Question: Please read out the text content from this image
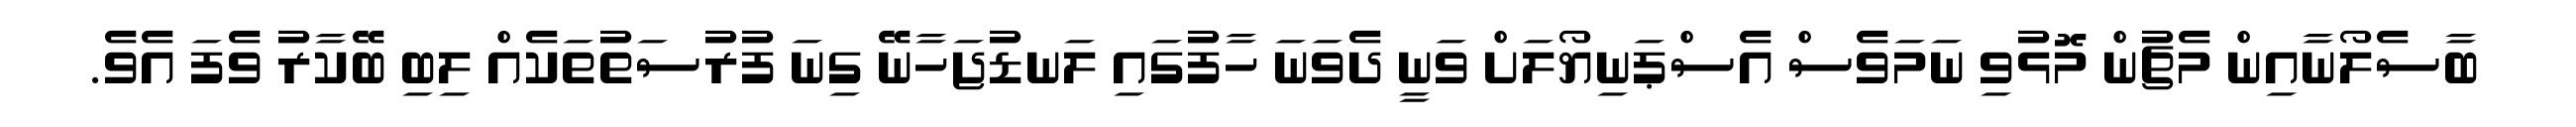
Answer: ބާސެލޯނާއިން މެޗުން މޮޅުވި ނަމަވެސް އެސްޕަނިޔޯލަށް ވަނީ ދެވަނަ ހާފުގައި ލަނޑުޖަހާނޭ ގިނަ ފުރުސަތުތަކެއް ލިބި ބޭކާރު ވެފަ އެވެ.